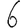
Digit: 6